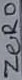
Text: ZERO